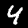
Digit: 4